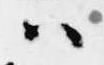
ハ